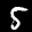
Digit: 5